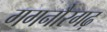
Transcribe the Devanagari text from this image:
गगनौरगढ़